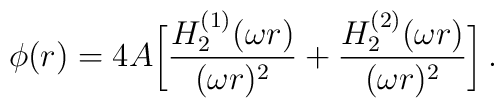
\phi(r) = 4A \biggl[ {H_2^{(1)}(\omega r)\over(\omega r)^2} +                       {H_2^{(2)}(\omega r)\over(\omega r)^2} \biggr]                       \, .